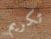
تكريم